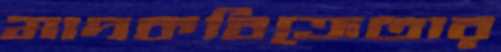
মাদকবিক্রেতার